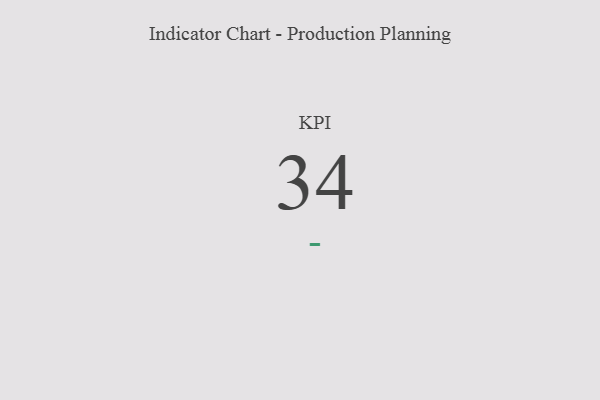
{"axis": {"x": "KPI", "y": "Value"}, "legend": [""], "data": [{"x": "KPI", "y": 34, "type": ""}]}